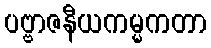
ပဗ္ဗာဇနီယကမ္မကတာ